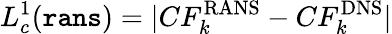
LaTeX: L_{c}^{1}(\texttt{rans})=\lvert CF_{k}^{\mathrm{RANS}}-CF_{k}^{\mathrm{DNS}}\rvert